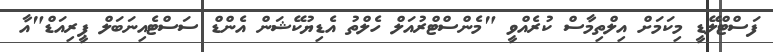
ފަސްޓްލޭޑީ މިކަމަށް އިލްތިމާސް ކުރެއްވީ "މެންސްޓްރުއަލް ހެލްތު އެޑިޔުކޭޝަން އެންޑް ސަސްޓެއިނަބަލް ޕީރިއަޑް"އާ